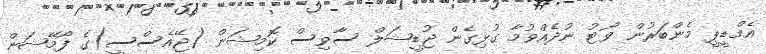
އެމްޑީޕީ މެންބަރުން ވޯޓު ނުދެއްވުމާ ގުޅިގެން ޖުޑީޝަލް ސާވިސް ކޮމިޝަން (ޖޭއެސްސީ)ގެ ފޯމޭޝަން